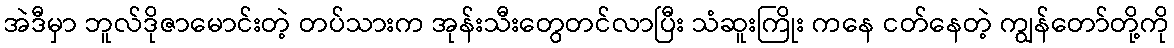
အဲဒီမှာ ဘူလ်ဒိုဇာမောင်းတဲ့ တပ်သားက အုန်းသီးတွေတင်လာပြီး သံဆူးကြိုး ကနေ ငတ်နေတဲ့ ကျွန်တော်တို့ကို